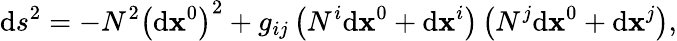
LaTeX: \mathrm{d}s_{{}}^{2}=-N^{2}\left(\mathrm{d}\mathbf{x}^{0}\right)^{2}+g_{ij}\left(N^{i}\mathrm{d}\mathbf{x}^{0}+\mathrm{d}\mathbf{x}^{i}\right)\left(N^{j}\mathrm{d}\mathbf{x}^{0}+\mathrm{d}\mathbf{x}^{j}\right),